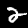
Label: 2